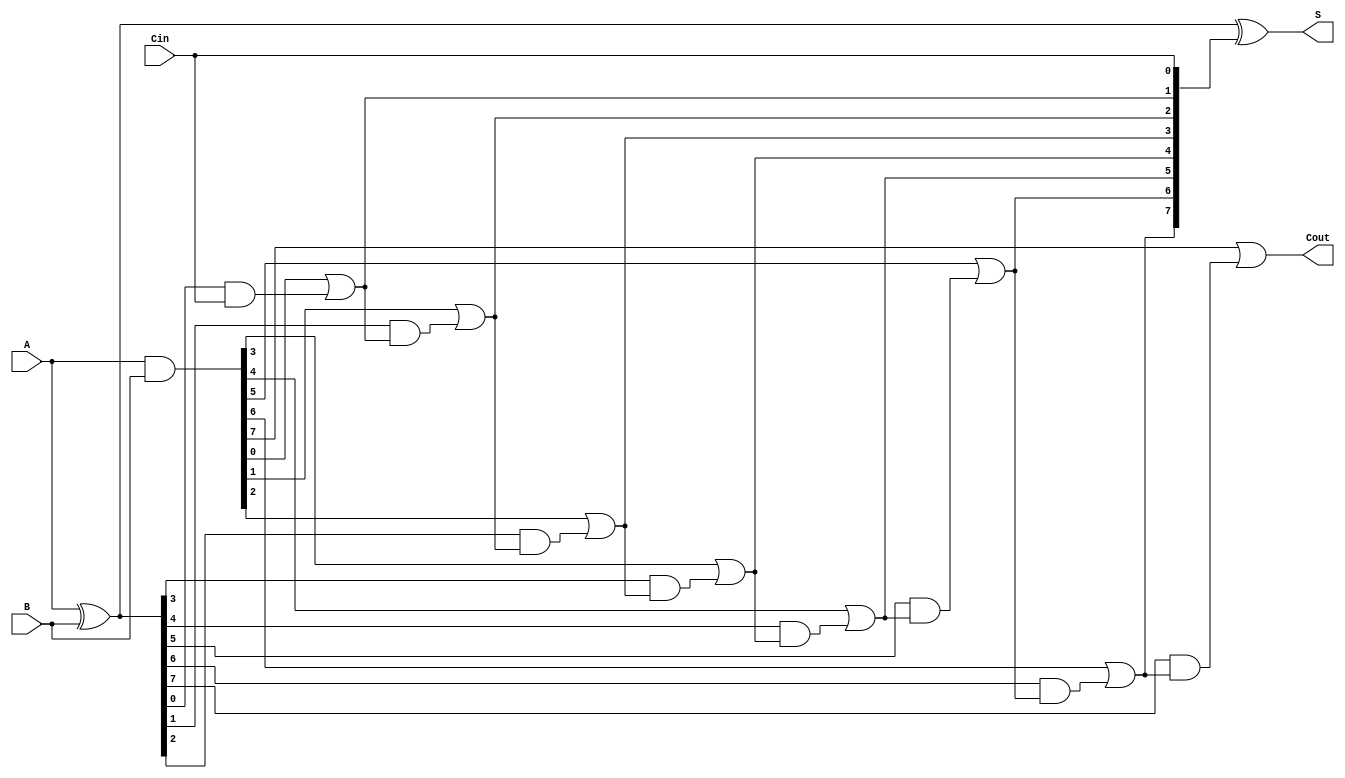
module PrecomputationCarryAdder #(parameter n = 8) (
    input [n-1:0] A,     // First n-bit input
    input [n-1:0] B,     // Second n-bit input
    input Cin,           // Carry-in
    output [n-1:0] S,    // n-bit sum output
    output Cout          // Carry-out
);

    wire [n:0] C;        // Carry signals
    wire [n-1:0] P;      // Propagate signals
    wire [n-1:0] G;      // Generate signals

    // Generate and Propagate signals
    assign P = A ^ B; // Propagate
    assign G = A & B; // Generate

    // Carry computation
    assign C[0] = Cin; // Initial carry-in

    genvar i;
    generate
        for (i = 1; i <= n; i = i + 1) begin : carry_generation
            assign C[i] = G[i-1] | (P[i-1] & C[i-1]);
        end
    endgenerate

    // Sum calculation
    assign S = P ^ C[n-1:0]; // Sum output

    // Final carry-out
    assign Cout = C[n];

endmodule